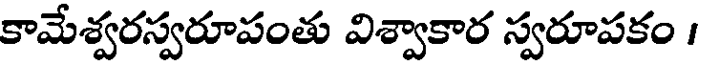
కామేశ్వరస్వరూపంతు విశ్వాకార స్వరూపకం /